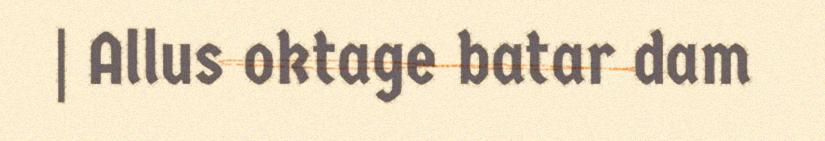
| Allus oktage batar dam